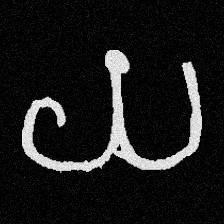
Pyu character \u2014 Myanmar letter: ယ (romanized: ya)